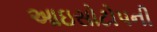
આઇસોટોપની